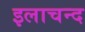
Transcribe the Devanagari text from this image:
इलाचन्द